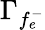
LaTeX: \Gamma_{f_{e}^{-}}